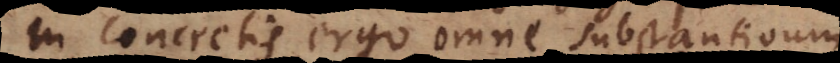
In concretis ergo omne substantivum